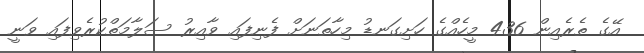
އޭގެ ތެރެއިން 436 މީހެއްގެ ހަށިގަނޑު މިހާތަނަށް ފެނިފައި ވާއިރު ސަލާމަތްކުރެވިފައި ވަނީ